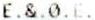
E.&.0.E.